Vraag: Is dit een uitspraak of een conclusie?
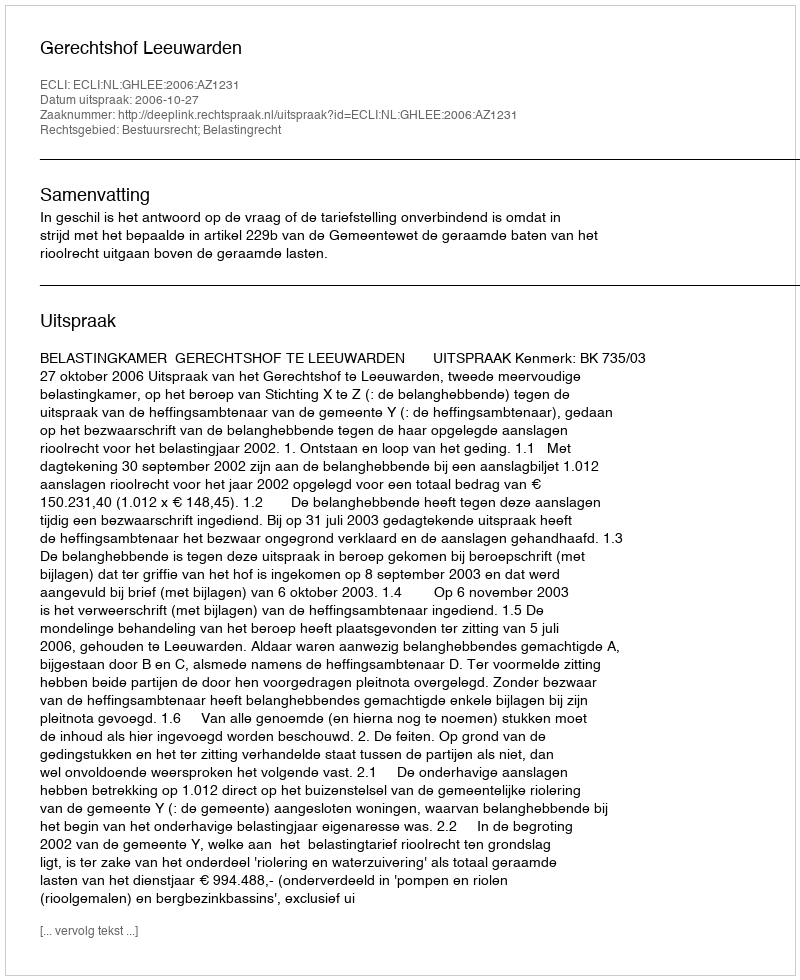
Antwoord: Uitspraak